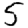
Digit: 5